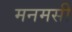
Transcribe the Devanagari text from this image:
मनमसी